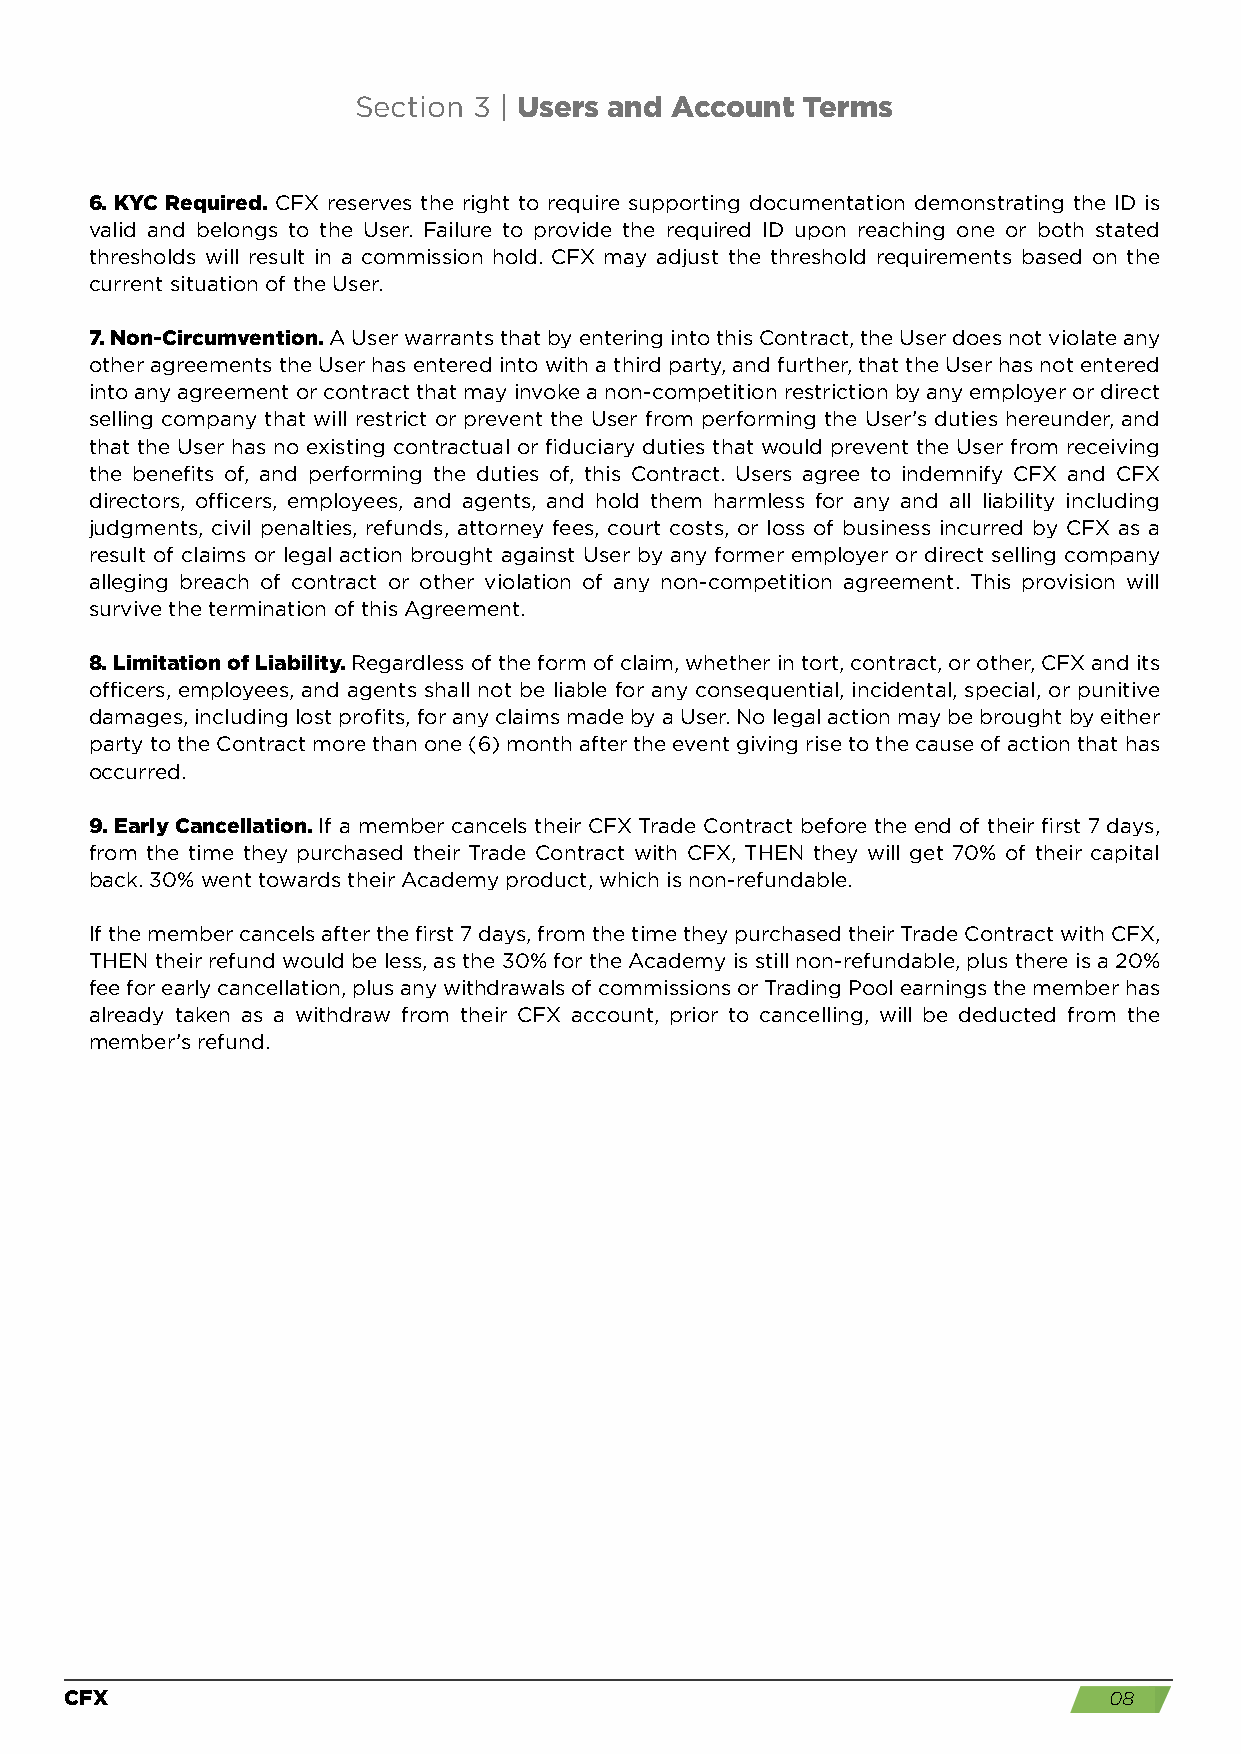
Section 3 | Users and Account Terms
 6. KYC Required. CFX reserves the right to require supporting documentation demonstrating the ID is
 valid and belongs to the User. Failure to provide the required ID upon reaching one or both stated
 thresholds will result in a commission hold. CFX may adjust the threshold requirements based on the
 current situation of the User.
 7. Non-Circumvention. A User warrants that by entering into this Contract, the User does not violate any
 other agreements the User has entered into with a third party, and further, that the User has not entered
 into any agreement or contract that may invoke a non-competition restriction by any employer or direct
 selling company that will restrict or prevent the User from performing the User’s duties hereunder, and
 that the User has no existing contractual or fiduciary duties that would prevent the User from receiving
 the benefits of, and performing the duties of, this Contract. Users agree to indemnify CFX and CFX
 directors, officers, employees, and agents, and hold them harmless for any and all liability including
 judgments, civil penalties, refunds, attorney fees, court costs, or loss of business incurred by CFX as a
 result of claims or legal action brought against User by any former employer or direct selling company
 alleging breach of contract or other violation of any non-competition agreement. This provision will
 survive the termination of this Agreement.
 8. Limitation of Liability. Regardless of the form of claim, whether in tort, contract, or other, CFX and its
 officers, employees, and agents shall not be liable for any consequential, incidental, special, or punitive
 damages, including lost profits, for any claims made by a User. No legal action may be brought by either
 party to the Contract more than one (6) month after the event giving rise to the cause of action that has
 occurred.
 9. Early Cancellation. If a member cancels their CFX Trade Contract before the end of their first 7 days,
 from the time they purchased their Trade Contract with CFX, THEN they will get 70% of their capital
 back. 30% went towards their Academy product, which is non-refundable.
 If the member cancels after the first 7 days, from the time they purchased their Trade Contract with CFX,
 THEN their refund would be less, as the 30% for the Academy is still non-refundable, plus there is a 20%
 fee for early cancellation, plus any withdrawals of commissions or Trading Pool earnings the member has
 already taken as a withdraw from their CFX account, prior to cancelling, will be deducted from the
 member’s refund.
 CFX                                                                  08